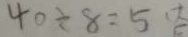
4 0 \div 8 = 5